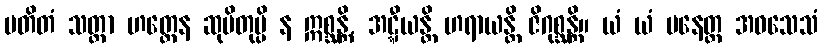
ပတိတံ သတ္တာ ဟတ္ထေန ဆုပိတုမ္ပိ န ဣစ္ဆန္တိ, အဋ္ဋီယန္တိ ဟရာယန္တိ ဇိဂုစ္ဆန္တိ။ ယံ ယံ ပနေတ္ထ အဝသေသံ